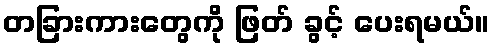
တခြားကားတွေကို ဖြတ် ခွင့် ပေးရမယ်။